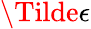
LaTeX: \Tilde{\epsilon}